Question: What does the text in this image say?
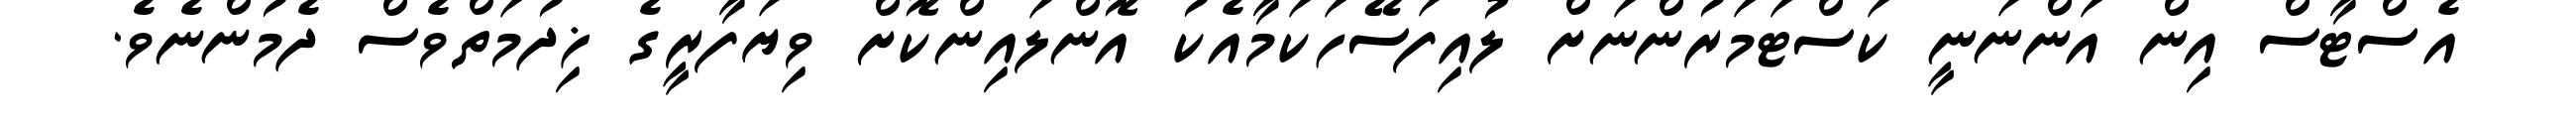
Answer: އެސްޓާސް އިން އަންނަނީ ކަސްޓަމަރުންނަށް ލުއިފަސޭހަކަމާއެކު އޮންލައިންކޮށް ވިޔަފާރީގެ ޚިދުމަތްވެސް ދެމުންނެވެ.